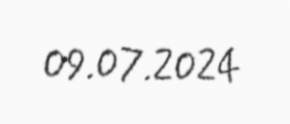
09.07.2024